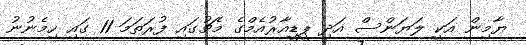
ޔާމިން އަކީ ލަޔަންސް އަދި ޕީޑީއާރުއެމްގެ މެޗުގައި ފުރަތަމަ 11 ގައި ހިމެނުނު